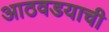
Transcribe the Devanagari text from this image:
आठवडयाची